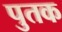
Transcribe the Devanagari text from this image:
पुतक